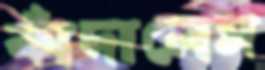
কাঁদালেম